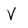
Character: V